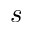
s